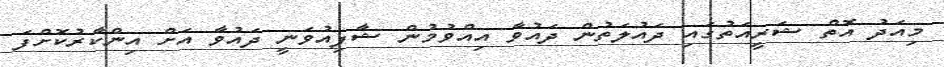
މިއަދު އޮތް ޝަރީއަތުގައި ދައުލަތުން ދައުވާ އިއްވުމުން ޝާފިއުވަނީ ދައުވާ އަށް އިންކާރުކޮށްފަ